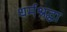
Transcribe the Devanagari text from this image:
धर्मश्रद्धा